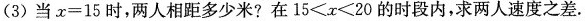
(3)当$$x = 1 5$$时，两人相距多少米?在$$1 5 < x < 2 0$$的时段内，求两人速度之差.